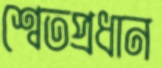
শ্বেতপ্রধান